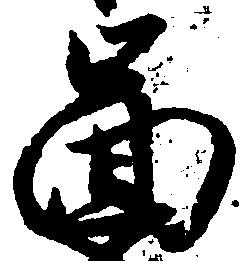
図